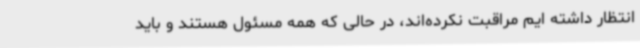
انتظار داشته ایم مراقبت نکرده‌اند، در حالی که همه مسئول هستند و باید